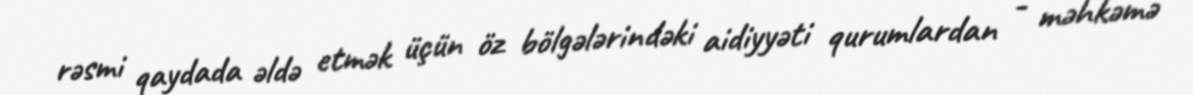
rəsmi qaydada əldə etmək üçün öz bölgələrindəki aidiyyəti qurumlardan - məhkəmə